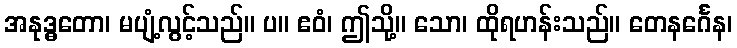
အနုဒ္ဓတော၊ မပျံ့လွင့်သည်။ ပ။ ဧဝံ၊ ဤသို့။ သော၊ ထိုရဟန်းသည်။ တေနင်္ဂေန၊